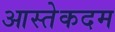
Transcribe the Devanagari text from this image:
आस्तेकदम